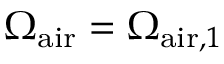
\Omega _ { \mathrm { a i r } } = \Omega _ { \mathrm { a i r } , 1 }